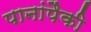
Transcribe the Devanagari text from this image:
पानांपैकी